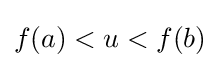
f(a)<u<f(b)